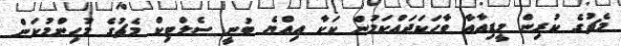
މެޗުގެ ކުރިން މީޑިއާއާ ވާހަކަދައްކަމުން ކަކާ އިއްޔެ ބުނީ ސެލްޓިކް މެޗުގެ މުހިންމުކަން